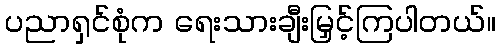
ပညာရှင်စုံက ရေးသားချီးမြှင့်ကြပါတယ်။